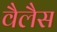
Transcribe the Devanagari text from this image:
वैलैस